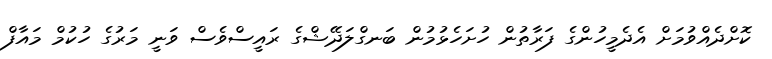
ކޮށްދެއްވުމަށް އެދެމީހުންގެ ފަރާތުން ހުށަހެޅުމުން ބަނގްލަދޭޝްގެ ރައީސްވެސް ވަނީ މަރުގެ ހުކުމް މައާފް